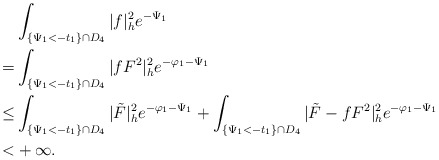
\begin{align*}&\int_{ \{\Psi_1<-t_1\}\cap D_4}|f|^2_he^{-\Psi_1}\\=&\int_{\{\Psi_1<-t_1\}\cap D_4}|fF^2|^2_he^{-\varphi_1-\Psi_1}\\\le & \int_{\{\Psi_1<-t_1\}\cap D_4}|\tilde{F}|^2_he^{-\varphi_1-\Psi_1}+\int_{\{\Psi_1<-t_1\}\cap D_4}|\tilde{F}-fF^2|^2_he^{-\varphi_1-\Psi_1}\\< &+\infty.\end{align*}